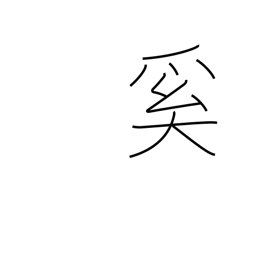
Meaning: why